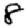
Digit: 8